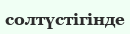
солтүстігінде